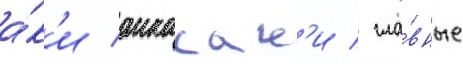
а́к'и акасак'и / гла́вные